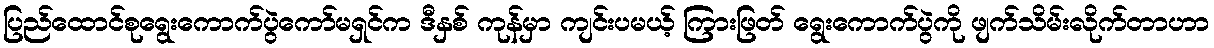
ပြည်ထောင်စုရွေးကောက်ပွဲကော်မရှင်က ဒီနှစ် ကုန်မှာ ကျင်းပမယ့် ကြားဖြတ် ရွေးကောက်ပွဲကို ဖျက်သိမ်းလိုက်တာဟာ